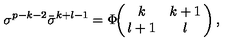
\sigma ^ { p - k - 2 } \bar { \sigma } ^ { k + l - 1 } = \Phi \! \! \left( \! \! \begin{array} { c c } { k } & { k + 1 } \\ { l + 1 } & { l } \\ \end{array} \! \! \right) ,